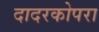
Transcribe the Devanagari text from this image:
दादरकोपरा